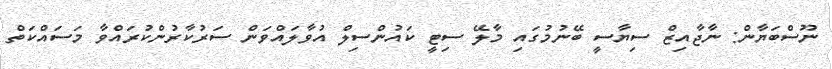
ނޫސްބަޔާން: ނާޖާއިޒް ސިޔާސީ ބޭނުމުގައި މާލޭ ސިޓީ ކައުންސިލް އުވާލައްވަން ސަރުކާރުންކުރައްވާ މަސައްކަތް